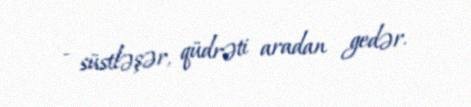
- süstləşər, qüdrəti aradan gedər.